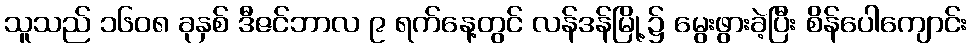
သူသည် ၁၆၀၈ ခုနှစ် ဒီဇင်ဘာလ ၉ ရက်နေ့တွင် လန်ဒန်မြို့၌ မွေးဖွားခဲ့ပြီး စိန်ပေါကျောင်း